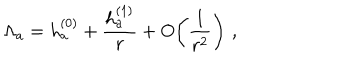
\Lambda _ { a } = h _ { a } ^ { ( 0 ) } + { \frac { h _ { a } ^ { ( 1 ) } } { r } } + O \! \left( { \frac { 1 } { r ^ { 2 } } } \right) \, ,